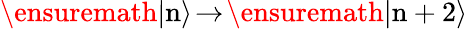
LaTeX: \ensuremath{\left|{\mathrm{n}}\right\rangle}\! \rightarrow\! \ensuremath{\left|{\mathrm{n+2}}\right\rangle}